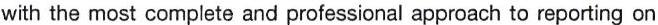
with the most complete and professional approach to reporting on